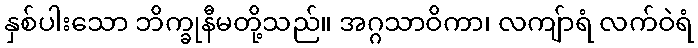
နှစ်ပါးသော ဘိက္ခုနီမတို့သည်။ အဂ္ဂသာဝိကာ၊ လကျ်ာရံ လက်ဝဲရံ